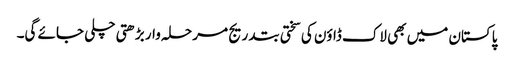
پاکستان میں بھی لاک ڈاؤن کی سختی بتدریج مرحلہ وار بڑھتی چلی جائے گی۔